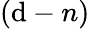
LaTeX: (\mathrm{d}-n)